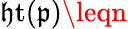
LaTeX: \operatorname{\mathfrak{h}t}({\mathfrak{{p}}})\leqn